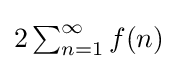
{\textstyle 2\sum _{n=1}^{\infty }f(n)}